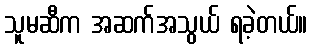
သူမဆီက အဆက်အသွယ် ရခဲ့တယ်။